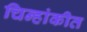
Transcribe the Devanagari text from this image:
चिन्हांकीत